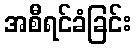
အစီရင်ခံခြင်း